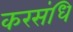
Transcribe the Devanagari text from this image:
करसंधि